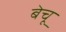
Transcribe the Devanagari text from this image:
बेचू